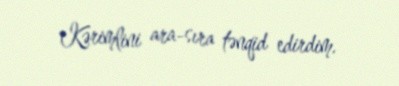
Kərimlini ara-sıra tənqid edirdim.